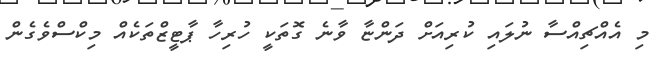
މި އެއްޗިއްސާ ނުލައި ކުރިއަށް ދަންޏާ ވާނެ ގޮތަކީ ހުރިހާ ޕާޓީޒްތަކެއް މިކްސްވެގެން